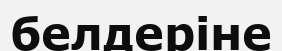
белдеріне